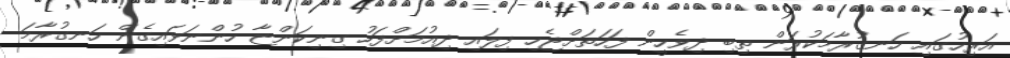
އަރިހުގައި ހަނގުރާމަކުރަން ތިބި ދިވެހީން ފަހަތަށްޖެހި ފިލައި ދިއުމަށްފަހު ގިނިކަންޏާ ހުންނަވައިގެން ހަނގުރާމަ